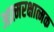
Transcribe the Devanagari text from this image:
आत्मरक्षात्मक